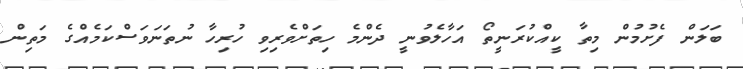
ބަލަން ފެށުމުން މިތާ ކީއްކުރަނީތޯ އަހާލެވުނީ ދެންމެ ހިތަށްވެރިވި ހުރިހާ ނުތަނަވަސްކަމެއްގެ މަތިން